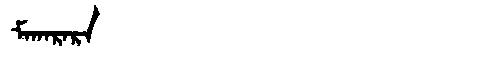
Manchu: ᠮᠠᡴᠠᡵᠠᡵᠠ
Romanization: MAKARARA